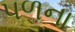
પળના